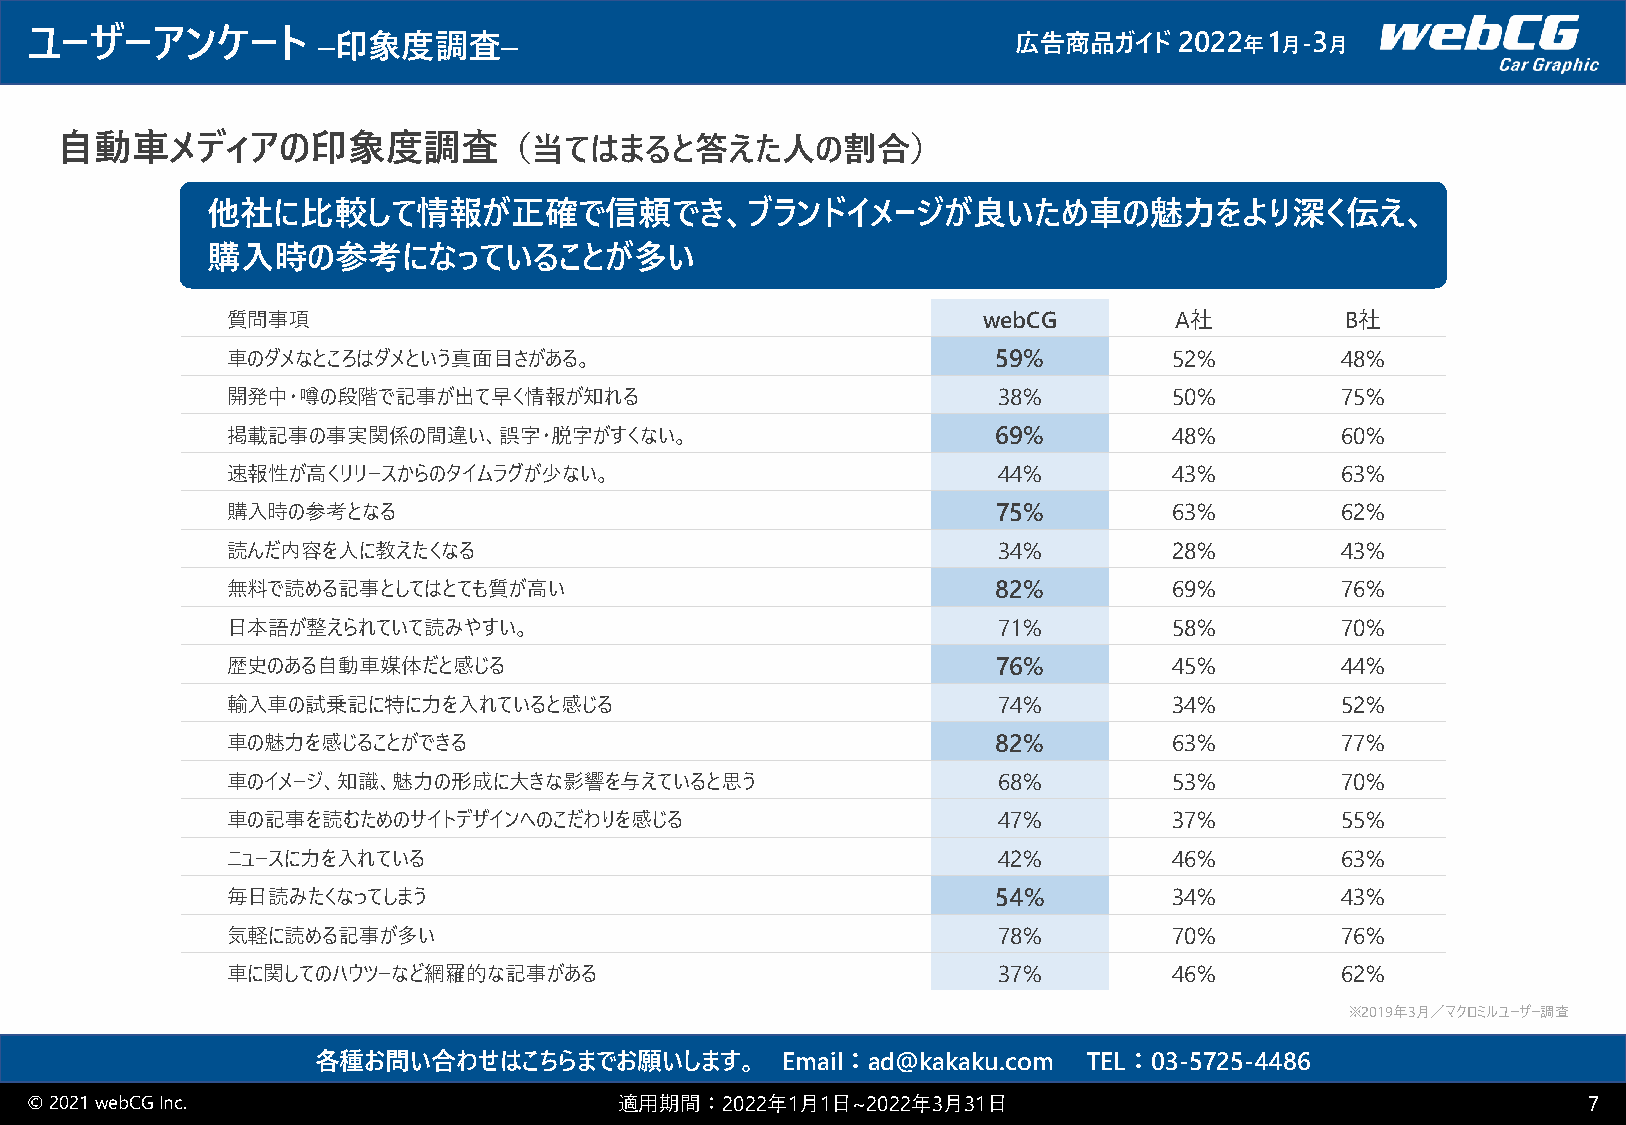
ユーザーアンケート          –印象度調査–                                       広告商品ガイド    2022 年1 月-3 月
 自動車メディアの印象度調査（当てはまると答えた人の割合）
 他社に比較して情報が正確で信頼でき、ブランドイメージが良いため車の魅力をより深く伝え、
 購入時の参考になっていることが多い
 質問事項                                              webCG        A社         B社
 車のダメなところはダメという真面目さがある。                             59%         52%        48%
 開発中・噂の段階で記事が出て早く情報が知れる                             38%         50%        75%
 掲載記事の事実関係の間違い、誤字・脱字がすくない。                          69%         48%        60%
 速報性が高くリリースからのタイムラグが少ない。                            44%         43%        63%
 購入時の参考となる                                          75%         63%        62%
 読んだ内容を人に教えたくなる                                     34%         28%        43%
 無料で読める記事としてはとても質が高い                                82%         69%        76%
 日本語が整えられていて読みやすい。                                  71%         58%        70%
 歴史のある自動車媒体だと感じる                                    76%         45%        44%
 輸入車の試乗記に特に力を入れていると感じる                              74%         34%        52%
 車の魅力を感じることができる                                     82%         63%        77%
 車のイメージ、知識、魅力の形成に大きな影響を与えていると思う                     68%         53%        70%
 車の記事を読むためのサイトデザインへのこだわりを感じる                        47%         37%        55%
 ニュースに力を入れている                                       42%         46%        63%
 毎日読みたくなってしまう                                       54%         34%        43%
 気軽に読める記事が多い                                        78%         70%        76%
 車に関してのハウツーなど網羅的な記事がある                              37%         46%        62%
 ※2019年3月／マクロミルユーザー調査
 各種お問い合わせはこちらまでお願いします。          Email：ad@kakaku.com TEL：03-5725-4486
 © 2021 webCGInc.                       適用期間：2022年1月1日~2022年3月31日                                       7